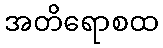
အတိရောစထ